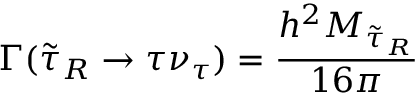
\Gamma ( \tilde { \tau } _ { R } \rightarrow \tau \nu _ { \tau } ) = \frac { h ^ { 2 } M _ { \tilde { \tau } _ { R } } } { 1 6 \pi }